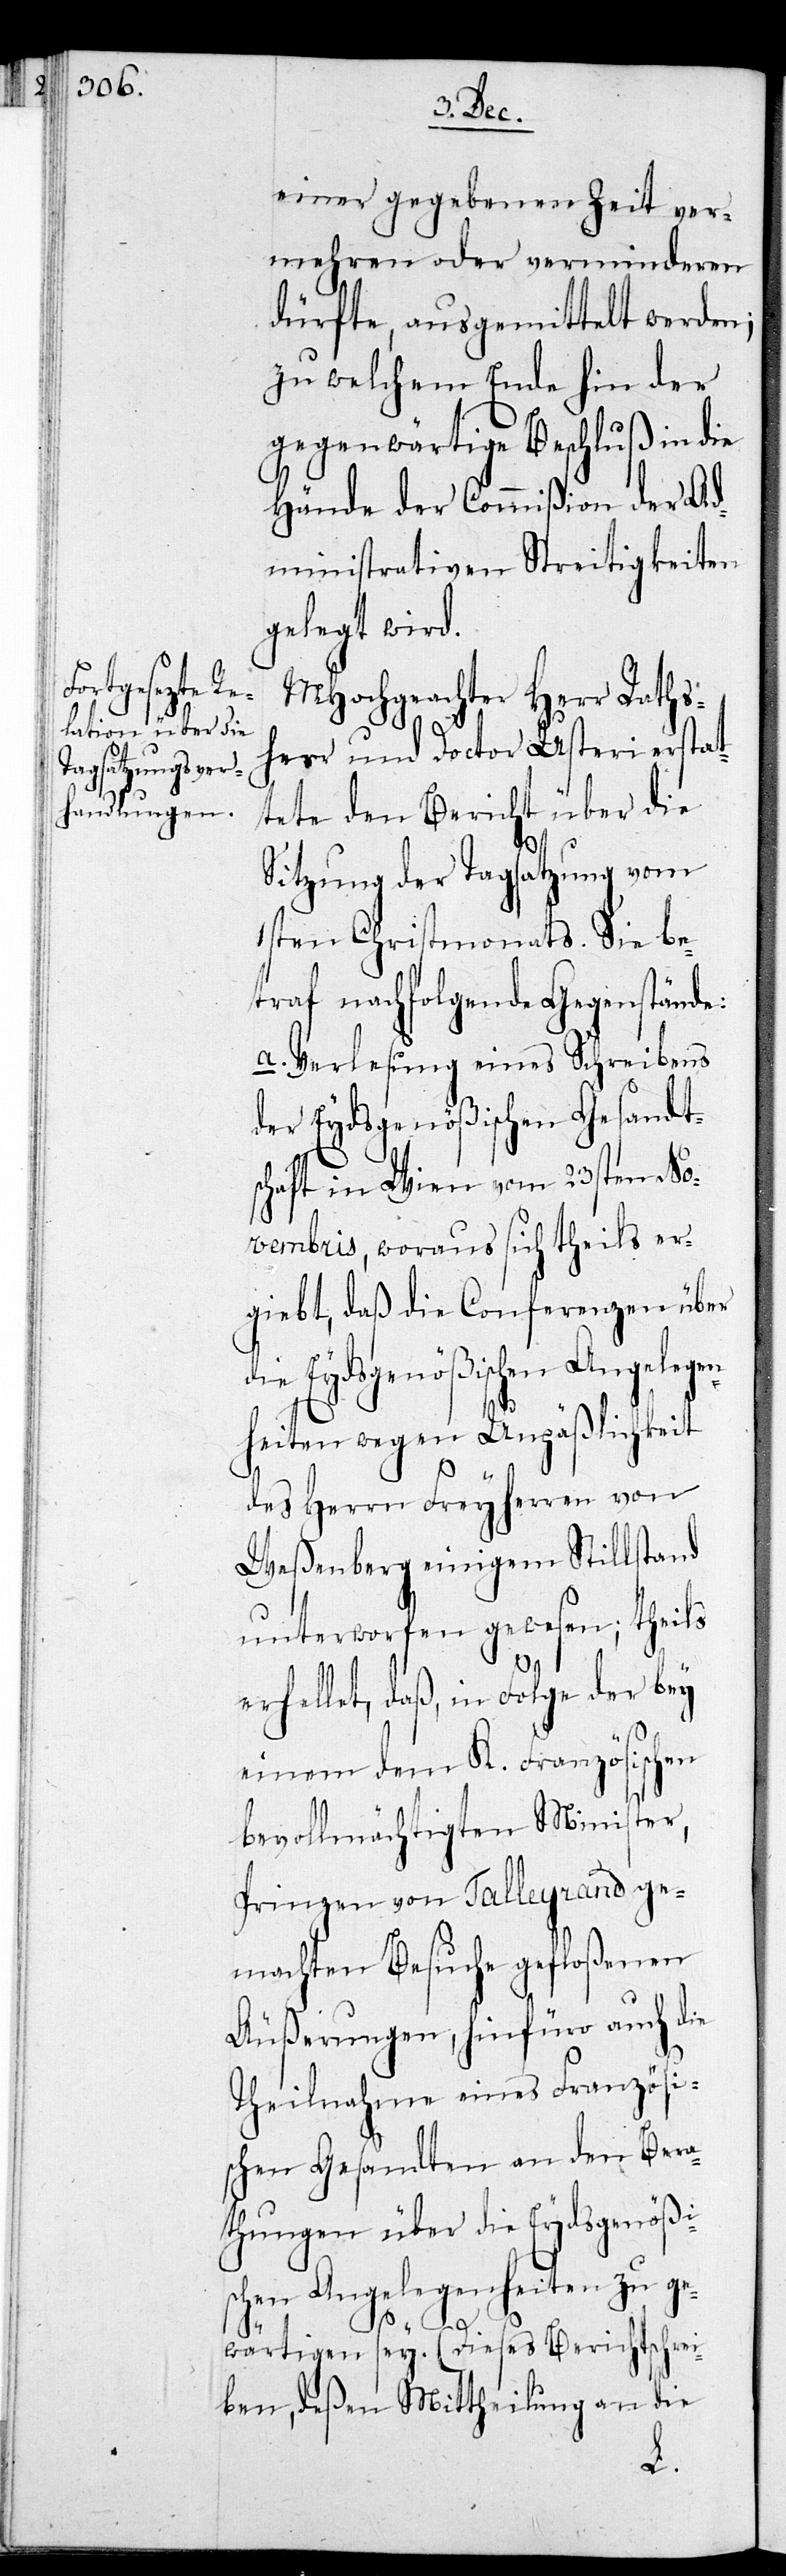
Tagsatzung vom

einer gegebenen Zeit ver¬
mehren oder verminderen
dürfte, ausgemittelt werden;
zu welchem Ende hin der
gegenwärtige Beschluß in die
Hände der Commißion der Ad¬
ministrativen Streitigkeiten
gelegt wird.
MHochgeachter Herr Raths¬
herr und Doctor Usteri erstat¬
tete den Bericht über die
1sten Christmonats. Sie be¬
traf nachfolgende Gegenstände:
a. Verlesung eines Schreibens
der Eydsgenößischen Gesandt¬
schaft in Wien vom 23sten No¬
vembris, woraus sich theils er¬
giebt, daß die Conferenzen über
die Eydsgenößischen Angelegen¬
heiten wegen Unpäßlichkeit
des Herren Freyherrn von
Weßenberg einigem Stillstand
unterworfen gewesen, teils
erhellet, daß, in Folge der bey
einem dem K. Französischen
bevollmächtigten Minister,
Prinzen von Talleyrand, ge¬
machten Besuche gefloßenen
Äußerungen, hinfüro auch die
Theilnahme eines Französi¬
schen Gesandten an den Bera¬
thungen über die Eydsgenößi¬
schen Angelegenheiten zu ge¬
wärtigen sey. (Dieses Berichtschrei¬
ben, deßen Mittheilung an die